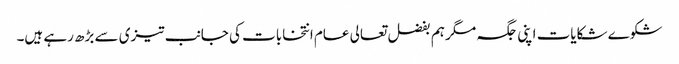
شکوے شکایات اپنی جگہ مگر ہم بفضل تعالی عام انتخابات کی جانب تیزی سے بڑھ رہے ہیں۔